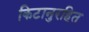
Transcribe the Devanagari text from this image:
किटानुरहित